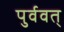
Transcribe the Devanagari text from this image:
पुर्ववत्